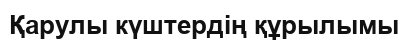
Қарулы күштердің құрылымы